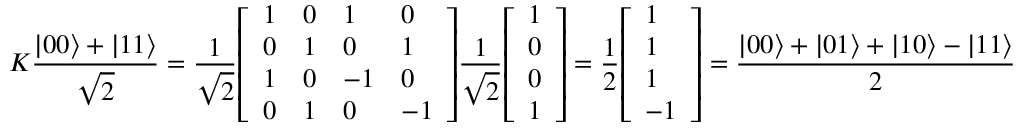
K { \frac { | 0 0 \rangle + | 1 1 \rangle } { \sqrt { 2 } } } = { \frac { 1 } { \sqrt { 2 } } } { \left[ \begin{array} { l l l l } { 1 } & { 0 } & { 1 } & { 0 } \\ { 0 } & { 1 } & { 0 } & { 1 } \\ { 1 } & { 0 } & { - 1 } & { 0 } \\ { 0 } & { 1 } & { 0 } & { - 1 } \end{array} \right] } { \frac { 1 } { \sqrt { 2 } } } { \left[ \begin{array} { l } { 1 } \\ { 0 } \\ { 0 } \\ { 1 } \end{array} \right] } = { \frac { 1 } { 2 } } { \left[ \begin{array} { l } { 1 } \\ { 1 } \\ { 1 } \\ { - 1 } \end{array} \right] } = { \frac { | 0 0 \rangle + | 0 1 \rangle + | 1 0 \rangle - | 1 1 \rangle } { 2 } }